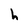
Character: h